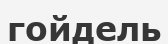
гойдель